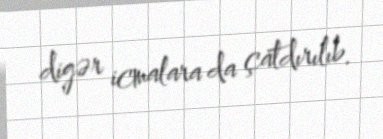
digər icmalara da çatdırılıb.